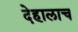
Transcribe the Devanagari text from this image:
देहालाच